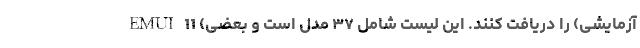
EMUI 11 (آزمایشی) را دریافت کنند. این لیست شامل ۳۷ مدل است و بعضی